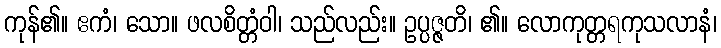
ကုန်၏။ ဧကံ၊ သော။ ဖလစိတ္တံဝါ၊ သည်လည်း။ ဥပ္ပဇ္ဇတိ၊ ၏။ လောကုတ္တရကုသလာနံ၊